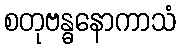
စတုဗန္ဓနောကာသံ